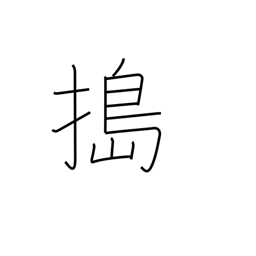
Meaning: pound